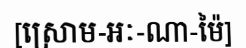
[ស្រោម-អៈ-ណា-ម៉ៃ]